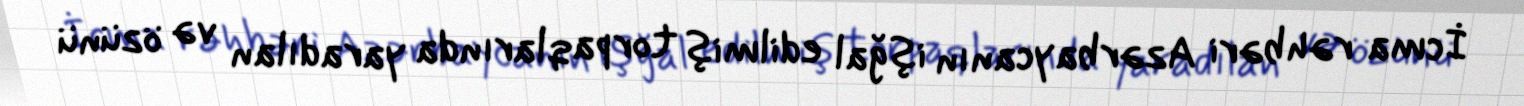
İcma rəhbəri Azərbaycanın işğal edilmiş torpaqlarında yaradılan və özünü